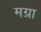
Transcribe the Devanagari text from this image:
मग्रा